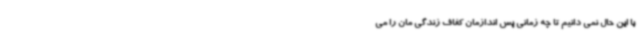
با این حال نمی دانیم تا چه زمانی پس اندازمان کفاف زندگی مان را می